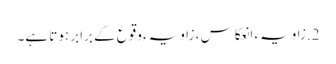
2.زاویہءِ انعکاس ، زاویہءِ وقوع کے برابر ہوتا ہے۔